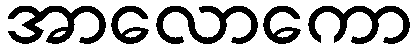
အာလောကော